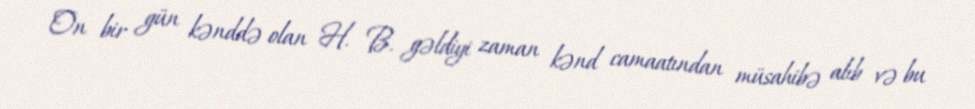
On bir gün kənddə olan H. B. gəldiyi zaman kənd camaatından müsahibə alıb və bu